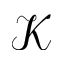
\mathcal { K }